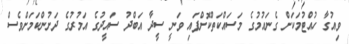
ވިއުގާ ހުއްޓުމަކަށް ގެނައުމުގެ މަސައްކަތްކޮށްފައި ވަނީ ސީދާ އަބްދު ސައީދުގެ އަމުރުގެ ދަށުންކަމަށްވެސް